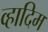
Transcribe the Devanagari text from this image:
व्हादिम